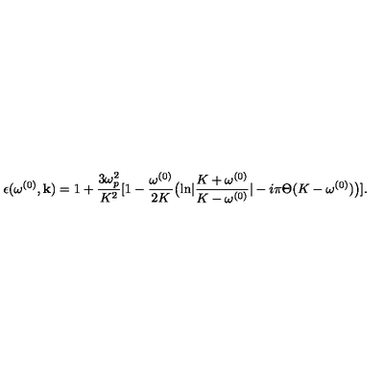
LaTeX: \epsilon ( \omega ^ { ( 0 ) } , { \bf k } ) = 1 + { \frac { 3 \omega _ { p } ^ { 2 } } { K ^ { 2 } } } [ 1 - { \frac { \omega ^ { ( 0 ) } } { 2 K } } \bigl ( { \ln } | { \frac { K + \omega ^ { ( 0 ) } } { K - \omega ^ { ( 0 ) } } } | - i \pi \Theta ( K - \omega ^ { ( 0 ) } ) \bigr ) ] .